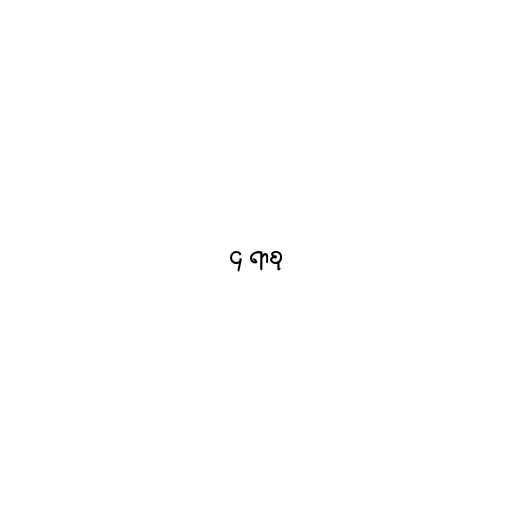
၄ ရာစု